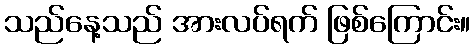
သည်နေ့သည် အားလပ်ရက် ဖြစ်ကြောင်း။